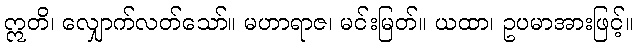
ဣတိ၊ လျှောက်လတ်သော်။ မဟာရာဇ၊ မင်းမြတ်။ ယထာ၊ ဥပမာအားဖြင့်။